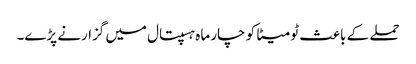
حملے کے باعث ٹومیٹا کو چار ماہ ہسپتال میں گزارنے پڑے۔